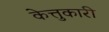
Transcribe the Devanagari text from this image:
केत्तुकारी